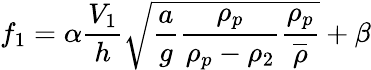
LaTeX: f_{1}=\alpha\frac{V_{1}}{h}\sqrt{\frac{a}{g}\frac{\rho_{p}}{\rho_{p}-\rho_{2}}\frac{\rho_{p}}{\overline{{\rho}}}}+\beta